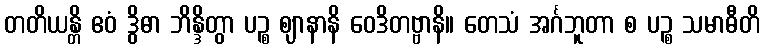
တတိယန္တိ ဧဝံ ဒွိဓာ ဘိန္ဒိတွာ ပဉ္စ ဈာနာနိ ဝေဒိတဗ္ဗာနိ။ တေသံ အင်္ဂဘူတာ စ ပဉ္စ သမာဓီတိ